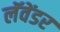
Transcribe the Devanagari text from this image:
लॅवेंडर